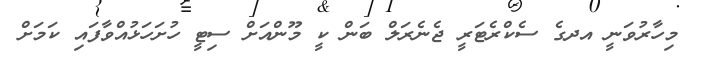
މިހާރުވަނީ އދގެ ސެކްރެޓަރީ ޖެނެރަލް ބަން ކީ މޫންއަށް ސިޓީ ހުށަހަޅުއްވާފައި ކަމަށް